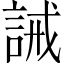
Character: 誡